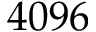
4 0 9 6